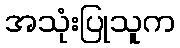
အသုံးပြုသူက